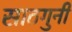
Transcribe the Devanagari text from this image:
साठगुनी